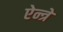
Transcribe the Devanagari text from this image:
ऐन्त्रे